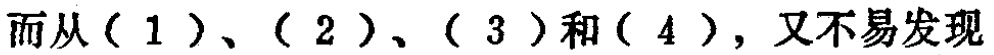
而从（1）、（2）、（3）和（4），又不易发现